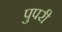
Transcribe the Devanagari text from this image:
पुपरी